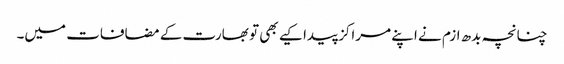
چنانچہ بدھ ازم نے اپنے مراکز پیدا کیے بھی تو بھارت کے مضافات میں۔